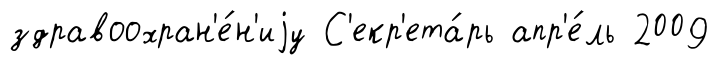
здравоохран'е́н'иjу С'екр'ета́рь апр'е́ль 2009